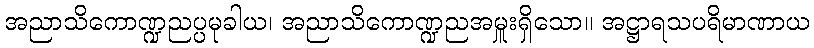
အညာသိကောဏ္ဍညပ္ပမုခါယ၊ အညာသိကောဏ္ဍညအမှူးရှိသော။ အဋ္ဌာရသပရိမာဏာယ